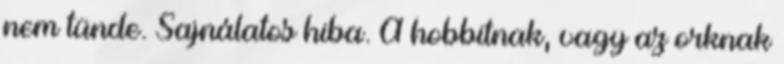
nem tünde. Sajnálatos hiba. A hobbitnak, vagy az orknak